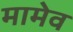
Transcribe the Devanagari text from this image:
मामेव